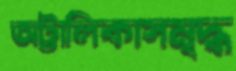
অট্টালিকাসমৃদ্ধ